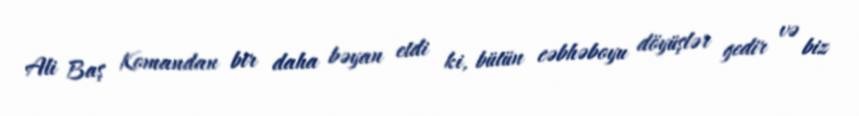
Ali Baş Komandan bir daha bəyan etdi ki, bütün cəbhəboyu döyüşlər gedir və biz